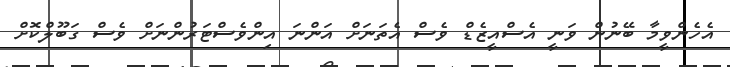
އެހެންވީމާ ބޭނުން ވަނީ އެސްއީޒެޑް ވެސް އެތަނަށް އަންނަ އިންވެސްޓަރުންނަށް ވެސް ގަބޫލްކޮށް